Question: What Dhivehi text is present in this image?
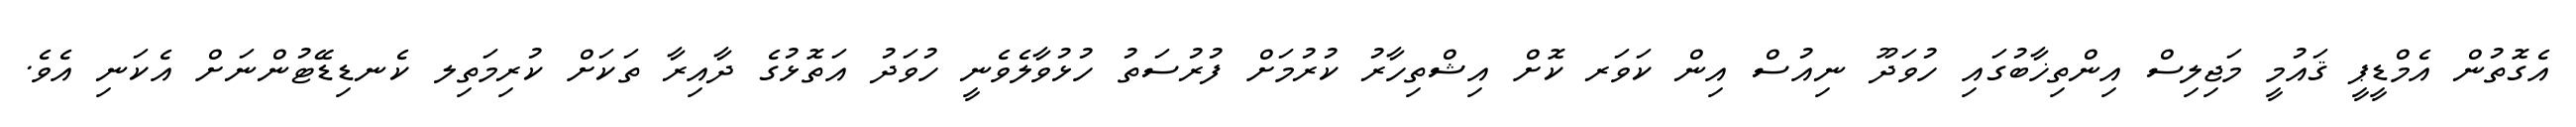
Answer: އެގޮތުން އެމްޑީޕީ ޤައުމީ މަޖިލިސް އިންތިޚާބުގައި ހުވަދޫ ނިއުސް އިން ކަވަރ ކޮށް އިޝްތިހާރު ކުރުމަށް ފުރުސަތު ހުޅުވާލެވެނީ ހުވަދު އަތޮޅުގެ ދާއިރާ ތަކަށް ކުރިމަތިލ ކެނޑިޑޭޓުންނަށް އެކަނި އެވެ.